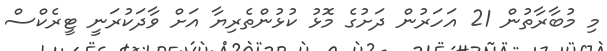
މި މުބާރާތުން 21 އަހަރުން ދަށުގެ މޮޅު ކުޅުންތެރިޔާ އަށް ވާދަކުރަނީ ޓީރެކްސް